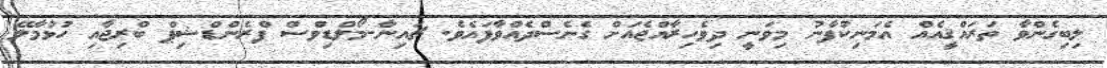
ލިބިގެންވާ ތަރައްޤީއެއް އެމަނިކުފާނު މިވަނީ ދިވެހިރާއްޖެއަށް ގެނެސްދެއްވާފައެވެ. ޗައިނާ-މޯލްޑިވްސް ފްރެންޑްޝިޕް ބްރިޖާއި ހުޅުމާލޭ